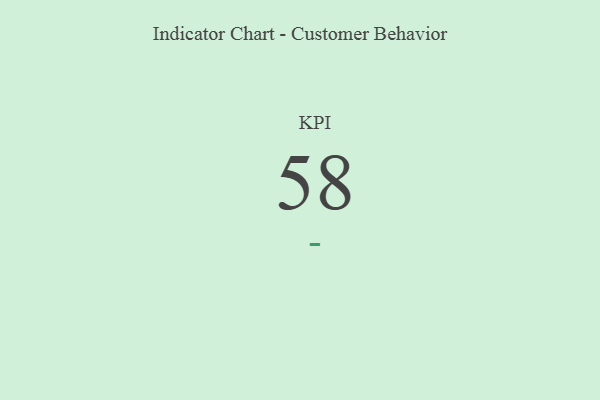
{"axis": {"x": "KPI", "y": "Value"}, "legend": [""], "data": [{"x": "KPI", "y": 58, "type": ""}]}